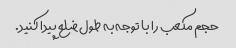
حجم مکعب را با توجه به طول ضلع پیدا کنید.